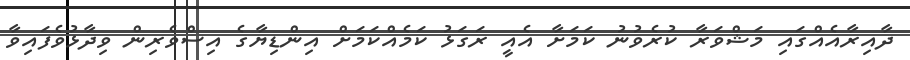
ދާއިރާއެއްގައި މަޝްވަރާ ކުރެވުނު ކަމަށާ އެއީ ރަގަޅު ކަމެއްކަމަށް އިންޑިޔާގެ އިސްވެރިން ވިދާޅުވެފައިވާ